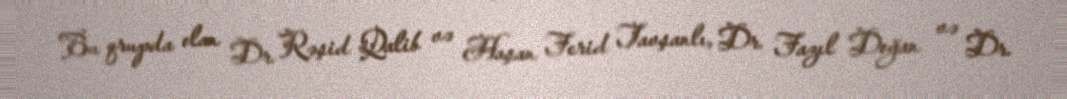
Bu qrupda olan Dr. Rəşid Qalib və Haşan Ferid Tavşanlı, Dr. Fazıl Doğan və Dr.